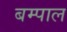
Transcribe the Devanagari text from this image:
बम्पाल